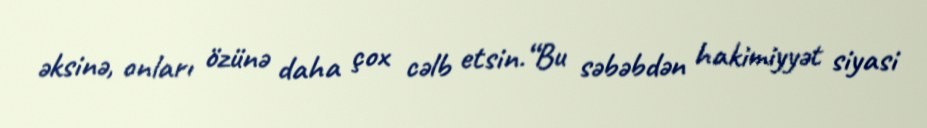
əksinə, onları özünə daha çox cəlb etsin.“Bu səbəbdən hakimiyyət siyasi